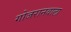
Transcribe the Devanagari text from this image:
गोजरानवाला